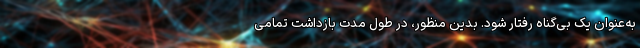
به‌عنوان یک بی‌گناه رفتار شود. بدین منظور، در طول مدت بازداشت تمامی